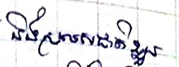
និងប្រទេសជាតិខ្លួន